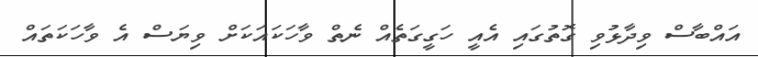
އައްބާސް ވިދާޅުވި ގޮތުގައި އެއީ ހަގީގަތެއް ނެތް ވާހަކައަކަށް ވިޔަސް އެ ވާހަކަތައް